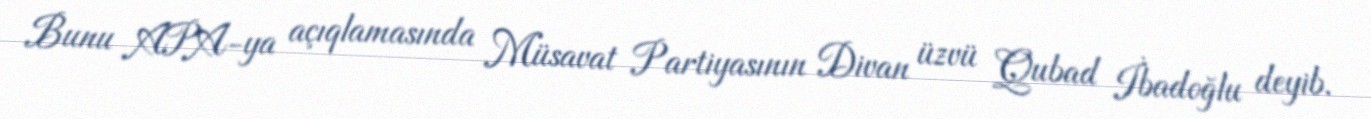
Bunu APA-ya açıqlamasında Müsavat Partiyasının Divan üzvü Qubad İbadoğlu deyib.